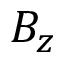
B _ { z }